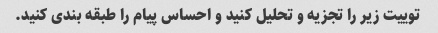
توییت زیر را تجزیه و تحلیل کنید و احساس پیام را طبقه بندی کنید.